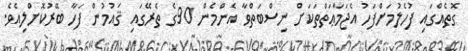
ގޮތެއްގައި ފުހެލުމަށްފަހު އެޖަމާޢަތްތަކަށް ނިސްބަތްވާ އެންމެން 90ގެ ތެރޭގައި ޤައުމުން ފަހާ ބޭރުކޮށްލިއެވެ.